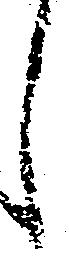
し